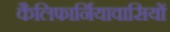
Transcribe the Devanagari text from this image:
कैलिफार्नियावासियों